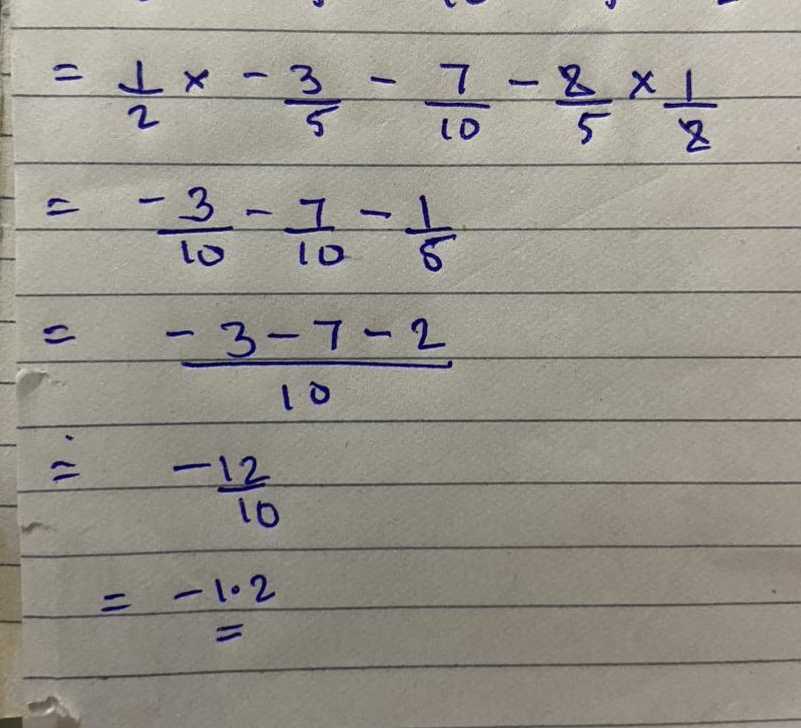
\[
\begin{align*}
&=\frac{1}{2}\times(-\frac{3}{5})-\frac{7}{10}-\frac{8}{5}\times\frac{1}{8}\\
&=-\frac{3}{10}-\frac{7}{10}-\frac{1}{5}\\
&=\frac{-3 - 7 - 2}{10}\\
&=-\frac{12}{10}\\
&=-1.2
\end{align*}
\]